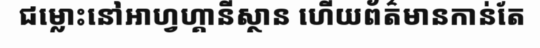
ជម្លោះនៅអាហ្វហ្គានីស្ថាន ហើយព័ត៌មានកាន់តែ